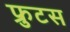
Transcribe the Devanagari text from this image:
फ्रुटस